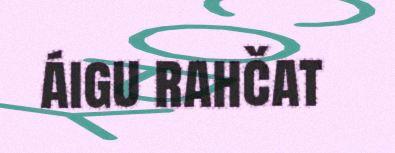
áigu rahčat